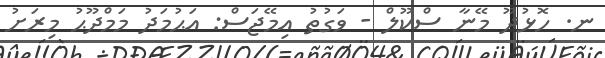
ނ. ހޮޅުދޫ މޭނާ ސްކޫލް - ވަގުތު އިމޭޖަސް: އަޙުމަދު މަމްދޫޙު މިރަށު